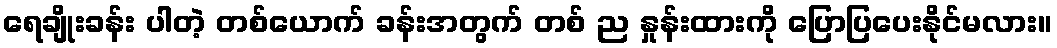
ရေချိုးခန်း ပါတဲ့ တစ်ယောက် ခန်းအတွက် တစ် ည နှုန်းထားကို ပြောပြပေးနိုင်မလား။